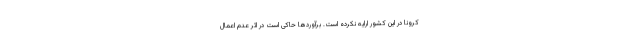
کرونا در این کشور ارایه نکرده است. برآوردها حاکی است در اثر عدم اعمال